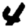
Digit: 4